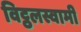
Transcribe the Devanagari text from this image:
विट्ठलस्वामी